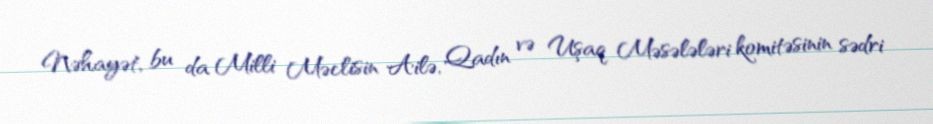
Nəhayət, bu da Milli Məclisin Ailə, Qadın və Uşaq Məsələləri komitəsinin sədri